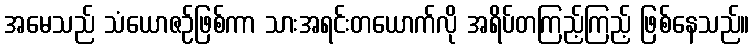
အမေသည် သံယောဇဉ်ဖြစ်ကာ သားအရင်းတယောက်လို အရိပ်တကြည့်ကြည့် ဖြစ်နေသည်။